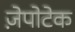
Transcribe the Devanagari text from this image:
ज़ेपोटेक